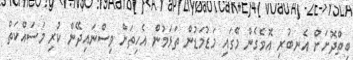
ބިތްދޮށަށް އެނބުރި އޮވެގެން މޭގައި މަޑުމަޑުން ތަޅަމުން އެހިތަށް ވިސްނައިދޭން ކުރި މަސައްކަތް